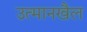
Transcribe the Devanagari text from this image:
उत्मानखैल